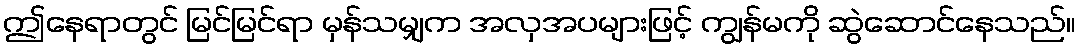
ဤနေရာတွင် မြင်မြင်ရာ မှန်သမျှက အလှအပများဖြင့် ကျွန်မကို ဆွဲဆောင်နေသည်။